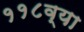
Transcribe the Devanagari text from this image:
११८व्या